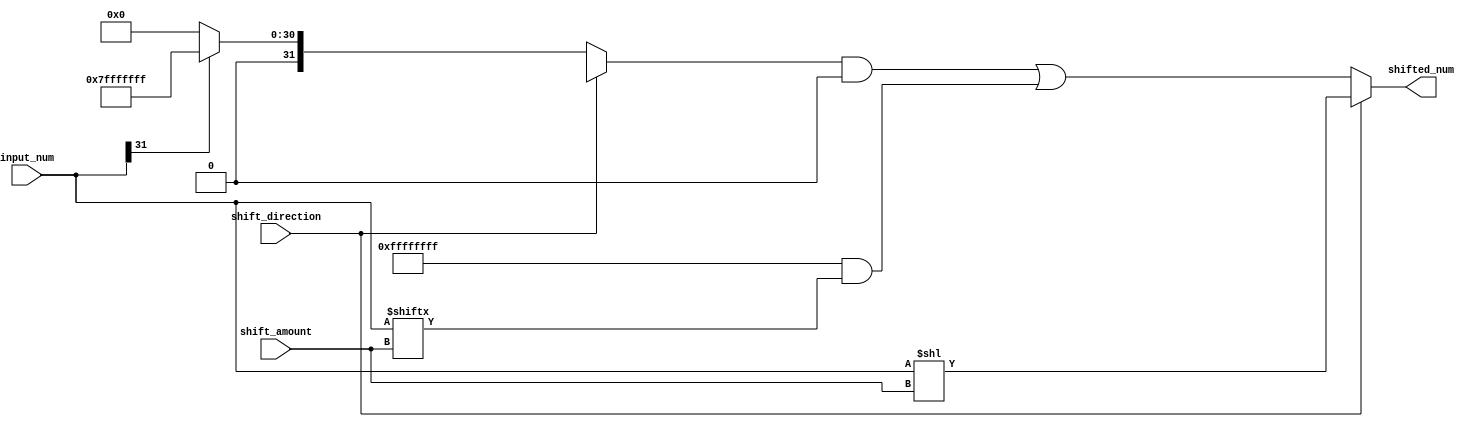
module Barrel_Shifter (
    input [31:0] input_num,
    input [4:0] shift_amount,
    input shift_direction, // 0 for right shift, 1 for left shift
    output reg [31:0] shifted_num
);

always @ (*) begin
    if (shift_direction == 0) begin // Right shift
        if (input_num[31] == 1) begin
            shifted_num = {31{1'b1}}; // Fill shifted-in bits with ones for arithmetic shift
        end else begin
            shifted_num = {31{1'b0}}; // Fill shifted-in bits with zeros for logical shift
        end
        
        shifted_num[31-shift_amount:0] = input_num[31:shift_amount];
    end else begin // Left shift
        shifted_num = input_num << shift_amount;
    end
end

endmodule